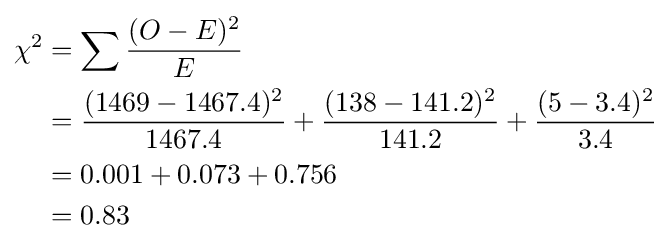
{\begin{aligned}\chi ^{2}&=\sum {(O-E)^{2} \over E}\\&={(1469-1467.4)^{2} \over 1467.4}+{(138-141.2)^{2} \over 141.2}+{(5-3.4)^{2} \over 3.4}\\&=0.001+0.073+0.756\\&=0.83\end{aligned}}